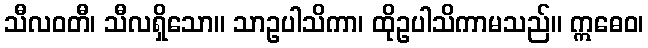
သီလဝတီ၊ သီလရှိသော။ သာဥပါသိကာ၊ ထိုဥပါသိကာမသည်။ ဣဓေဝ၊